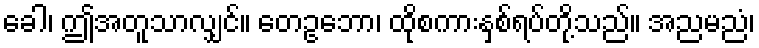
ခေါ၊ ဤအတူသာလျှင်။ တေဥဘော၊ ထိုစကားနှစ်ရပ်တို့သည်။ အညမညံ၊